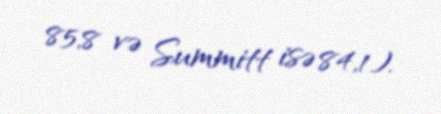
85,8 və Summitt isə 84,1).